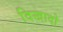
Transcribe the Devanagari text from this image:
दिखादो